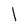
Character: l